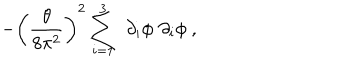
- \left( \frac { \theta } { 8 \pi ^ { 2 } } \right) ^ { 2 } \sum _ { i = 1 } ^ { 3 } \, \, \partial _ { i } \phi \, \, \partial _ { i } \phi ~ ,